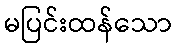
မပြင်းထန်သော